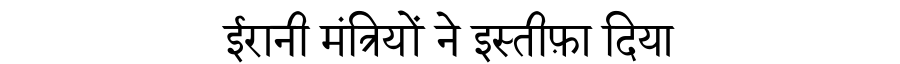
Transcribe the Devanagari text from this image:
ईरानी मंत्रियों ने इस्तीफ़ा दिया